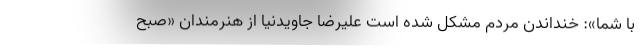
با شما»: خنداندن مردم مشکل شده است علیرضا جاویدنیا از هنرمندان «صبح